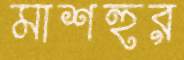
মাশহুর